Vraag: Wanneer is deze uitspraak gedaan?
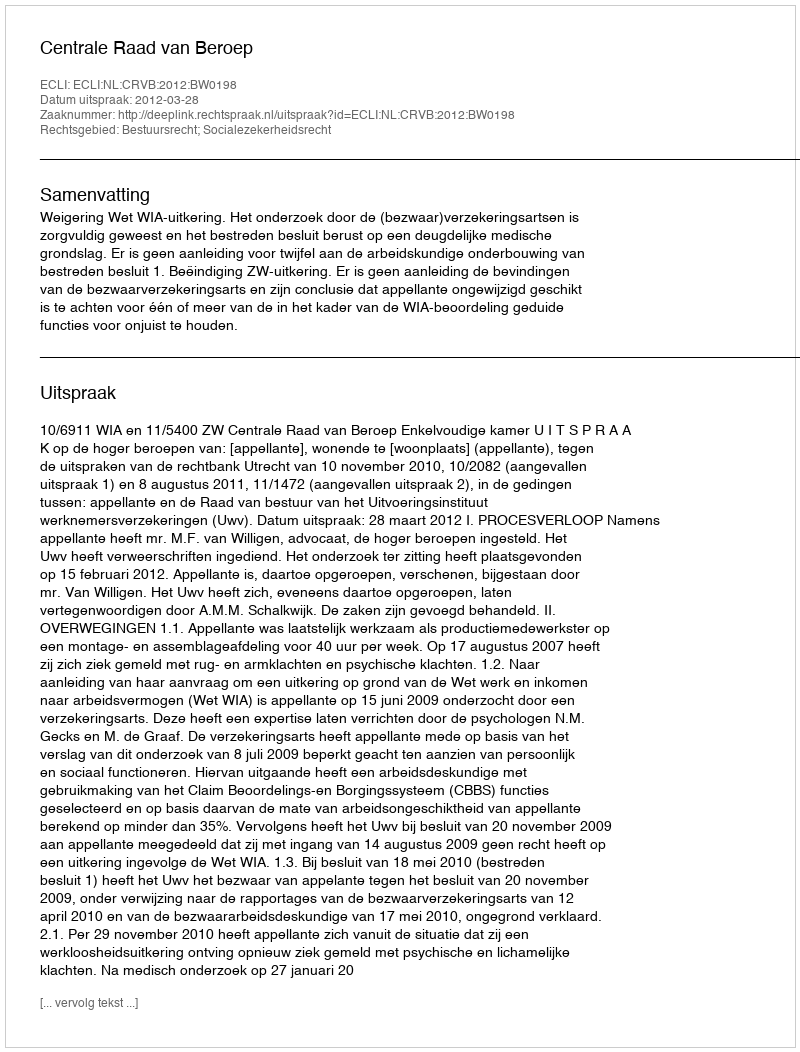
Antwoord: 2012-03-28